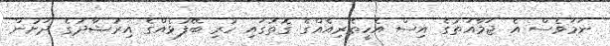
ނަމަވެސް އެ ޖަމާއަތުގެ އިސް އެހީތެރިއެއްގެ ގޮތުގައި ހުރި ބޭފުޅެއްގެ އިރުޝާދުގެ ދަށުން